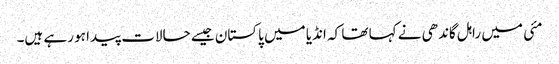
مئی میں راہل گاندھی نے کہا تھا کہ انڈیا میں پاکستان جیسے حالات پیدا ہو رہے ہیں۔